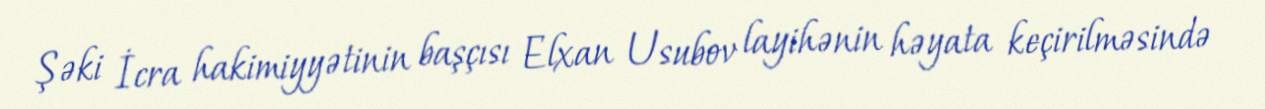
Şəki İcra hakimiyyətinin başçısı Elxan Usubov layihənin həyata keçirilməsində